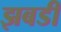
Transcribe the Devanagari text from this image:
झबडी